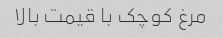
مرغ کوچک با قیمت بالا